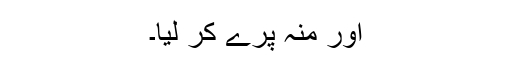
اور منہ پرے کر لیا۔